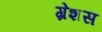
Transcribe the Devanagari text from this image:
ग्रेशस